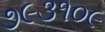
૭૯૩૧૦૯